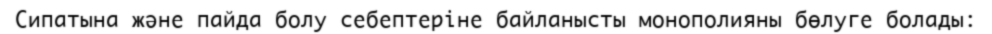
Сипатына және пайда болу себептеріне байланысты монополияны бөлуге болады: